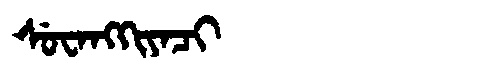
Manchu: ᠰᡠᠸᠠᠩᡴᡳᠶᠠᠴᡳ
Romanization: SUWANGKIYACI